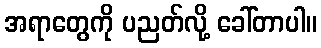
အရာတွေကို ပညတ်လို့ ခေါ်တာပါ။